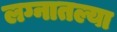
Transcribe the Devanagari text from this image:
लग्नातल्या